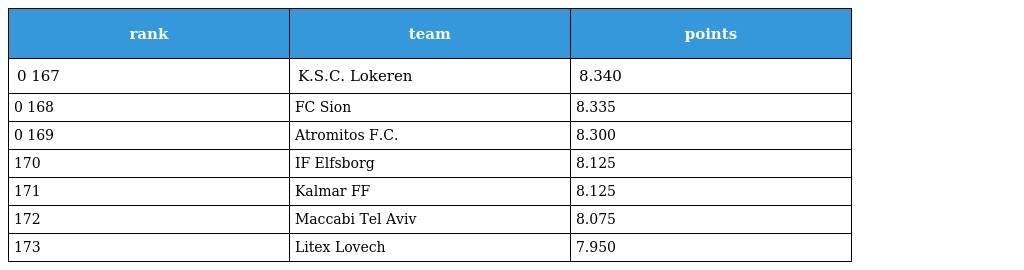
| rank | team | points |
 | --- | --- | --- |
 | 0 167 | K.S.C. Lokeren | 8.340 |
 | 0 168 | FC Sion | 8.335 |
 | 0 169 | Atromitos F.C. | 8.300 |
 | 170 | IF Elfsborg | 8.125 |
 | 171 | Kalmar FF | 8.125 |
 | 172 | Maccabi Tel Aviv | 8.075 |
 | 173 | Litex Lovech | 7.950 |